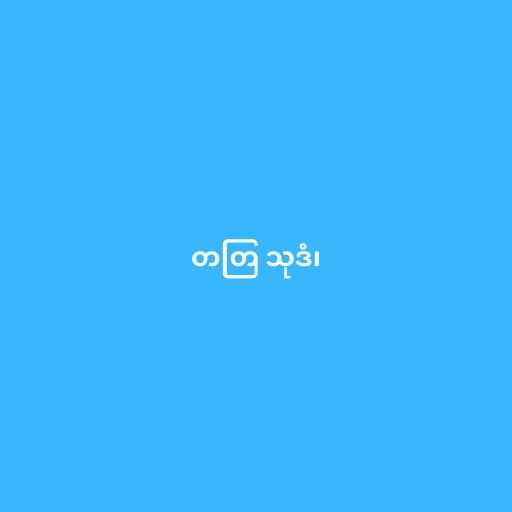
တတြ သုဒံ၊